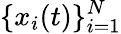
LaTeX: \lbrace x_{i}(t)\rbrace_{i=1}^{N}